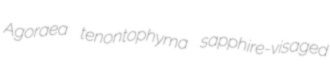
Agoraea tenontophyma sapphire-visaged